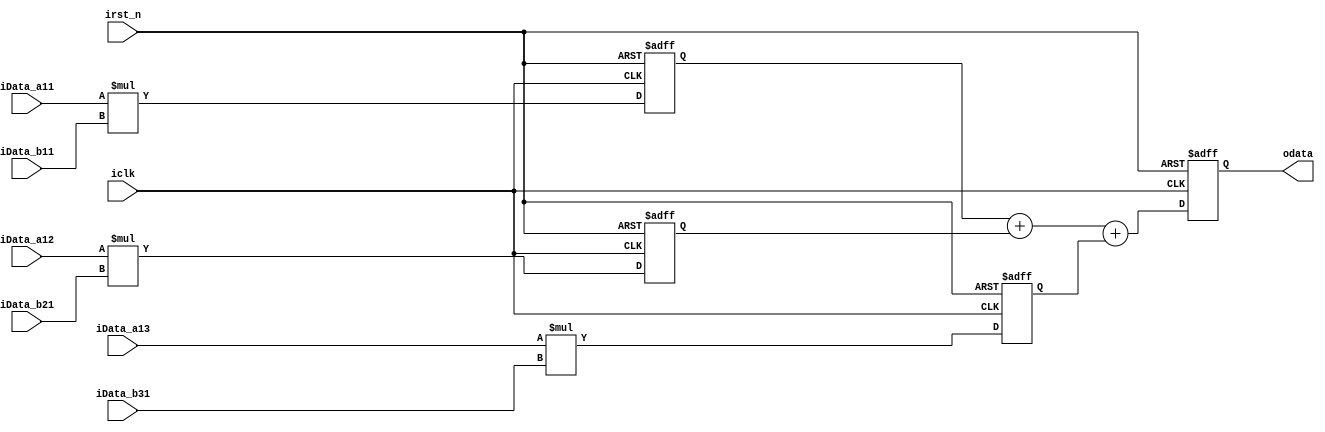
`timescale 1 ps / 1 ps

module MultipleMatrix_1x3_3x1 (  
  input                                  iclk,
  input                                  irst_n,
  input             signed     [8:0]     iData_a11,
  input             signed     [8:0]     iData_a12,
  input             signed     [8:0]     iData_a13,
  input             signed     [8:0]     iData_b11,
  input             signed     [8:0]     iData_b21,
  input             signed     [8:0]     iData_b31,
  output    reg     signed     [18:0]    odata
);

reg   signed    [16:0]   add_value[2:0];

always@(posedge iclk or negedge irst_n) begin
  if (!irst_n) begin
    add_value[0] <= 0;
    add_value[1] <= 0;
    add_value[2] <= 0;  
    odata <= 0;
  end
  else begin
    add_value[0] <= iData_a11 * iData_b11;
    add_value[1] <= iData_a12 * iData_b21;
    add_value[2] <= iData_a13 * iData_b31;
    odata <= (add_value[0] + add_value[1]) + add_value[2];
  end
end

endmodule